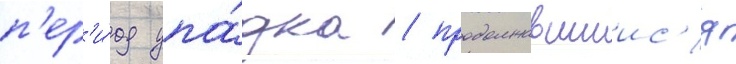
п'ер'и́од упа́дка / продолжавшиис'я